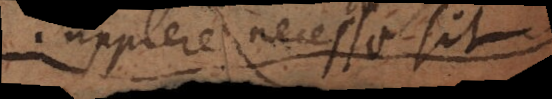
supplere necesse sit.